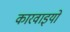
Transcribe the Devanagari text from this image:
कारवाइयों